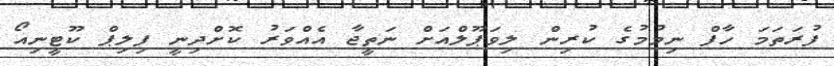
ފުރަތަމަ ހާފް ނިމުމުގެ ކުރިން ލިވަޕޫލްއަށް ނަތީޖާ އެއްވަރު ކޮށްދިނީ ފިލިޕް ކޫޓީނިއޯ